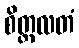
စိတ္တလတံ